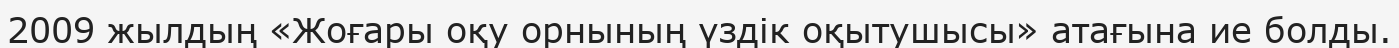
2009 жылдың «Жоғары оқу орнының үздік оқытушысы» атағына ие болды.